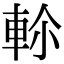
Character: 𨋏